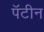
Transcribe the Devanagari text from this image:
पॅटीन